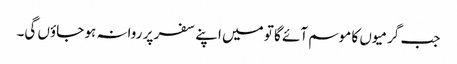
جب گرمیوں کا موسم آئے گا تو میں اپنے سفر پر روانہ ہو جاؤں گی۔